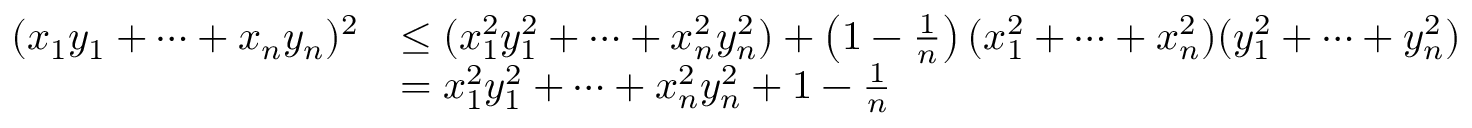
\begin{array} { r l } { ( x _ { 1 } y _ { 1 } + \cdots + x _ { n } y _ { n } ) ^ { 2 } } & { \leq ( x _ { 1 } ^ { 2 } y _ { 1 } ^ { 2 } + \cdots + x _ { n } ^ { 2 } y _ { n } ^ { 2 } ) + \left( 1 - \frac 1 n \right) ( x _ { 1 } ^ { 2 } + \cdots + x _ { n } ^ { 2 } ) ( y _ { 1 } ^ { 2 } + \cdots + y _ { n } ^ { 2 } ) } \\ & { = x _ { 1 } ^ { 2 } y _ { 1 } ^ { 2 } + \cdots + x _ { n } ^ { 2 } y _ { n } ^ { 2 } + 1 - \frac 1 n } \end{array}